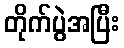
တိုက်ပွဲအပြီး